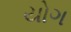
યોગ